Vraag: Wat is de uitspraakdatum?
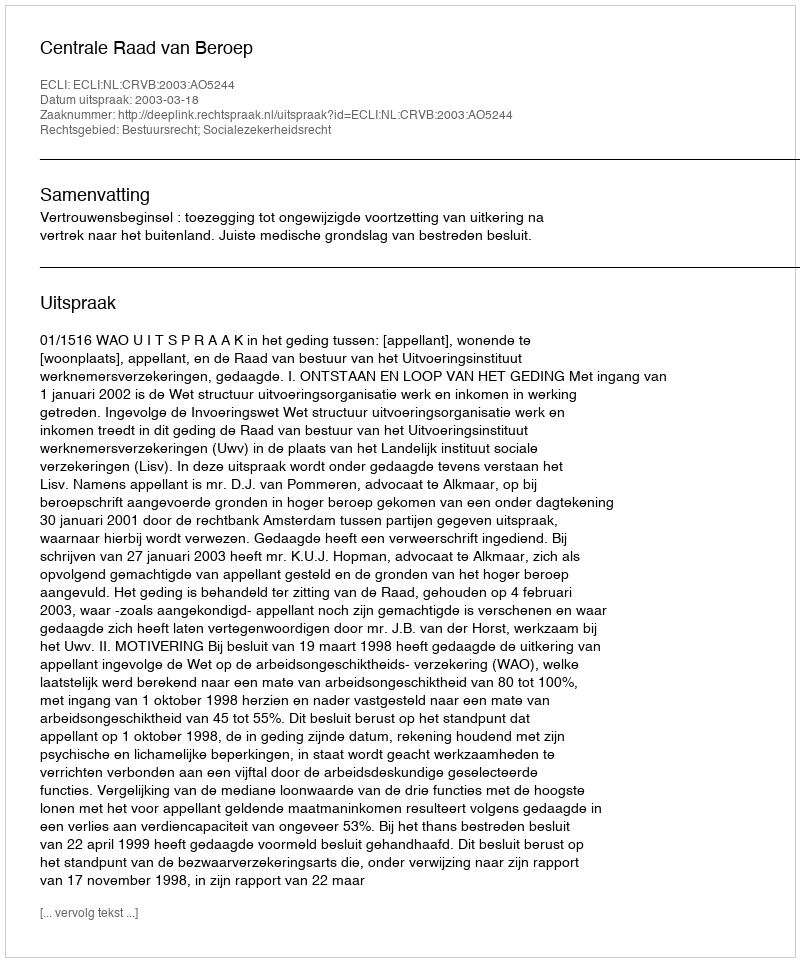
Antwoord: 2003-03-18